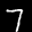
Label: 7